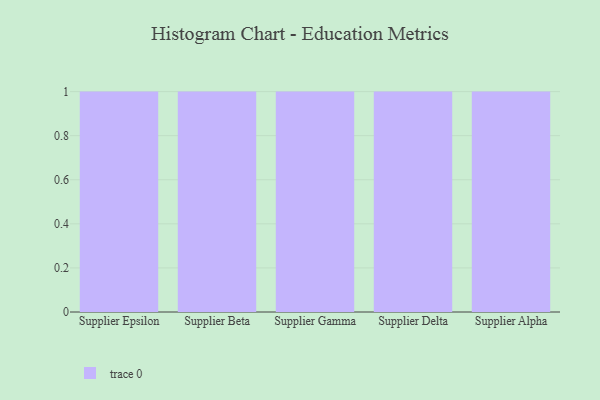
{"axis": {"x": "Supplier", "y": "Energy Usage (MWh)"}, "legend": [""], "data": [{"x": "Supplier Epsilon", "y": 10, "type": ""}, {"x": "Supplier Beta", "y": 66, "type": ""}, {"x": "Supplier Gamma", "y": 81, "type": ""}, {"x": "Supplier Delta", "y": 43, "type": ""}, {"x": "Supplier Alpha", "y": 71, "type": ""}]}